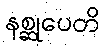
နစ္ဆုပေတိ